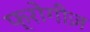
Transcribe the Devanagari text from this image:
फ्रोगीज़